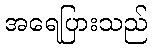
အရေပြားသည်